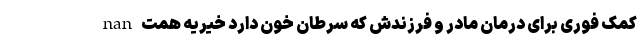
nan کمک فوری برای درمان مادر و فرزندش که سرطان خون دارد خیریه همت